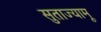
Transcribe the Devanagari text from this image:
सुताज्यामू